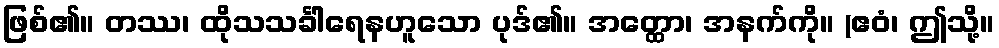
ဖြစ်၏။ တဿ၊ ထိုသသင်္ခါရေနဟူသော ပုဒ်၏။ အတ္ထော၊ အနက်ကို။ (ဧဝံ၊ ဤသို့။